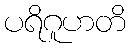
ပရိဂူဟတိ